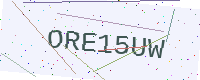
Text: ORE15UW